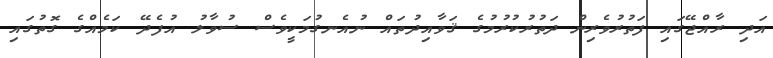
އަދި ރާއްޖޭގައި ފަތުރުވެރިން ދަތުރުކުރުމުގެ ޤަވާއިދުތައް ނުއެނގުމަކީވެސް ސުވާލު އުފެދޭ ކަމެއްގެ ގޮތުގައި